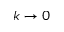
k \to 0